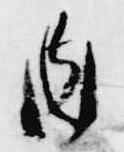
内